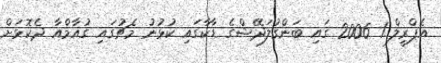
އެޕްރީލް 1 2006 ގައި ބަންގުލަދޭޝްގެ ޑާކާގައި ކުޅުނު މެޗުގައި ގުއާމްއާ ދެކޮޅަށް